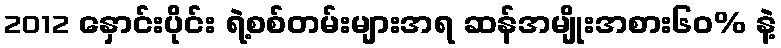
2012 နှောင်းပိုင်း ရဲ့စစ်တမ်းများအရ ဆန်အမျိုးအစား၆၀% နဲ့